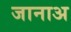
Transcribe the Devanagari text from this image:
जानाअ